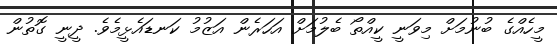
މީހެއްގެ ބުނުމަށް މިވަނީ ކީއްތޯ ބެލުމަށް އަހަރެން އަޒުމު ކަނޑައެޅީމެވެ. ދީނީ ގޮތުން